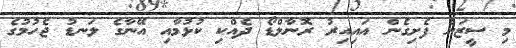
މި ސީޒަން ފެށިގެން އައިއިރު ރޮނާލްޑޯ ދެއްކި ކުޅުމާއި އޭނާގެ ލަނޑު ޖެހުމުގެ